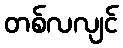
တစ်လလျင်